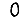
Digit: 0